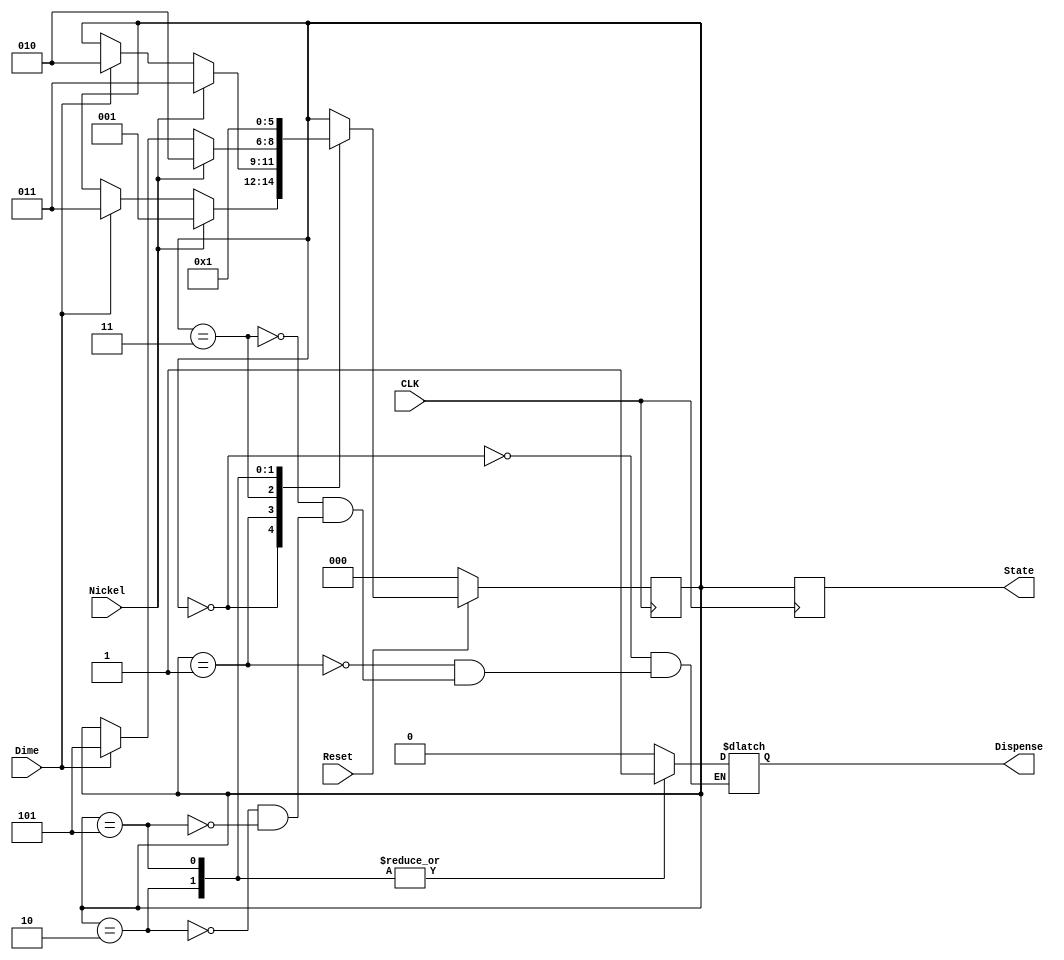
module vend2(
	Reset,
	CLK,
	Dime,
	Nickel,
	Dispense,
	State
);
//inputs
input		Reset;
input		CLK;
input		Dime;
input		Nickel;

//outputs
output			Dispense;
output		[2:0]	State; 

reg Dispense;
reg [2:0]	State; 
//output	reg [2:0] State;

//states
localparam	State_0 = 3'b000,
			State_1 = 3'b001,
			State_2 = 3'b011,
			State_3 = 3'b010,
			State_4 = 3'b101;

//State Registers
reg [2:0] Current;
reg [2:0] Next;

initial begin
	Current = State_0;
	Next = State_0;
end 

always @ (posedge CLK) begin
	if (!Reset)
		Current <= State_0;
	else
		Current <= Next;
	
	State = Current;
end

always @ (*) begin
	Next = Current;
	
	case (Current)
		
		State_0: begin
			Dispense = 0;
			if 	(!Reset)
				Next = State_0;
				
			else if (Nickel)
				Next = State_1;
			
			else if (Dime)
				Next = State_2;
				
			else
				Next = Current;
		end
		
		State_1: begin
			Dispense = 0;
			if 	(!Reset)
				Next = State_0;
				
			else if (Nickel)
				Next = State_2;
			
			else if (Dime)
				Next = State_3;
				
			else
				Next = Current;
		end
		
		State_2: begin
			Dispense = 0;
			if 	(!Reset)
				Next = State_0;
				
			else if (Nickel)
				Next = State_3;
			
			else if (Dime)
				Next = State_4;
				
			else
				Next = Current;
		end
		
		State_3: begin
			Dispense = 1;
			if 	(!Reset)
				Next = State_0;
			else
				Next = State_0;
		end
		
		State_4: begin
			Dispense = 1;
			if 	(!Reset)
				Next = State_0;
			else
				Next = State_1;
		end
		
	endcase
	
end
		
		


endmodule